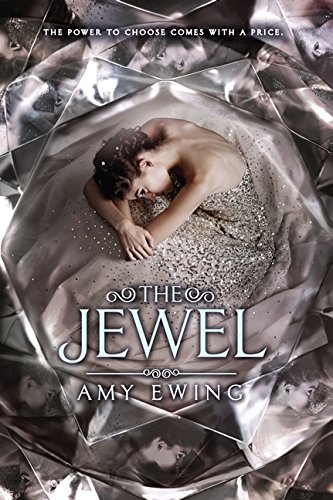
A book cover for The Jewel; Amy Ewing; Teen & Young Adult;